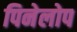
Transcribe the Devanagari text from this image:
पिनेलोप